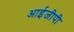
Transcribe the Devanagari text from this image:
आईजीपी